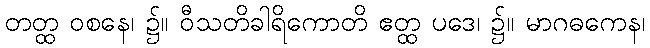
တတ္ထ ဝစနေ၊ ၌။ ဝီသတိခါရိကောတိ ဧတ္ထ ပဒေ၊ ၌။ မာဂဓကေန၊